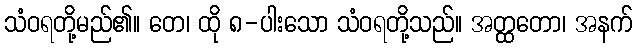
သံဝရတို့မည်၏။ တေ၊ ထို ၈-ပါးသော သံဝရတို့သည်။ အတ္ထတော၊ အနက်